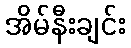
အိမ်နီးချင်း